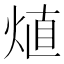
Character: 𤊧